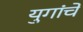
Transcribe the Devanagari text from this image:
युगांचे